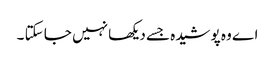
اے وہ پوشیدہ جسے دیکھا نہیں جا سکتا ۔